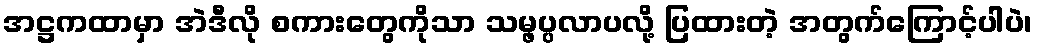
အဋ္ဌကထာမှာ အဲဒီလို စကားတွေကိုသာ သမ္ဖပ္ပလာပလို့ ပြထားတဲ့ အတွက်ကြောင့်ပါပဲ၊